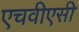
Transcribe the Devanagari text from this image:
एचवीएसी